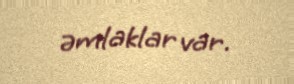
əmlaklar var.